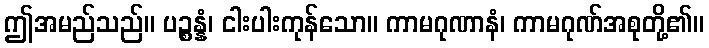
ဤအမည်သည်။ ပဉ္စန္နံ၊ ငါးပါးကုန်သော။ ကာမဂုဏာနံ၊ ကာမဂုဏ်အစုတို့၏။